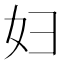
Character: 妇